Trukikaitis_Postimees, lk 31
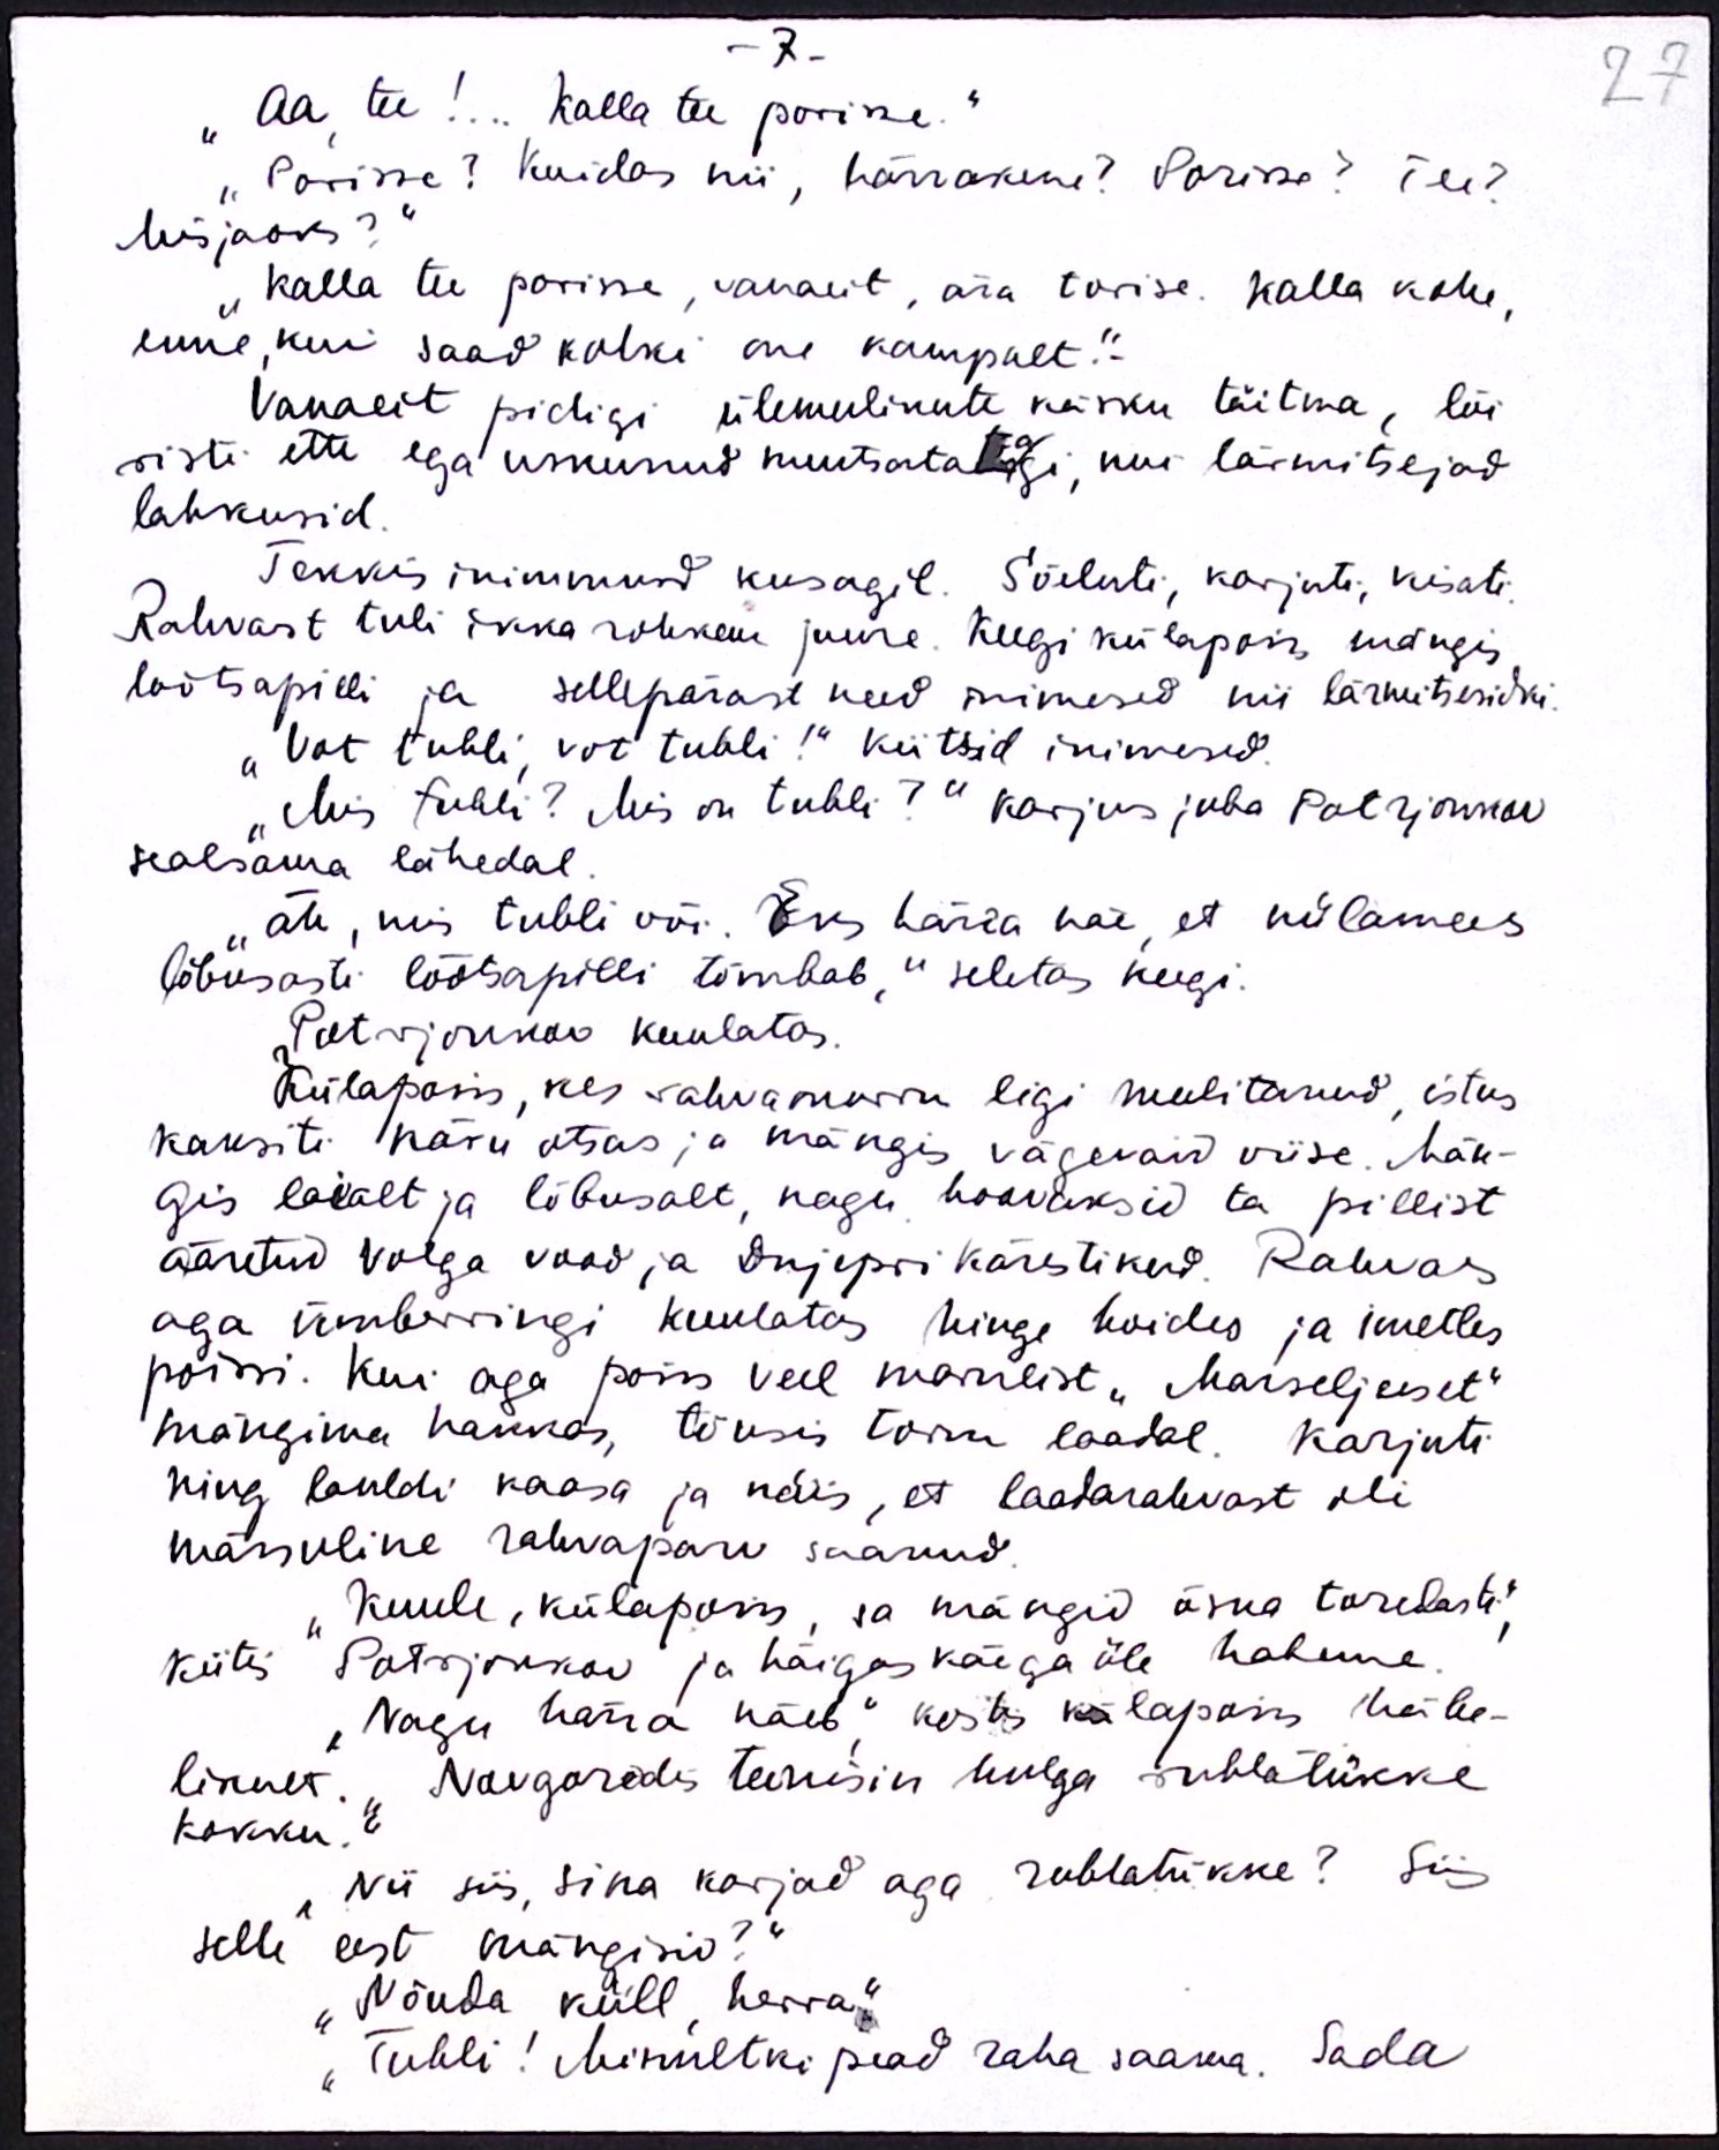
- 7 -
"Aa tee!.. Kalla tee porisse."
"Porisse? Kuidas nii, härrakene? Porisse? Tee?
Misjaoks?"
Kalla tee porisse, vanaeit, ära torise. Kalla kohe,
enne, kui saad kolki me kampalt."
Vanaeit pidigi ülemulikute käsku täitma, lõi
risti ette ega uskunud nuutsatatagi, kui lärmitseljad
lahkusid.
Tekkis inimmurd kusagil. Sõeluti, karjuti, kisati.
Rahvast tuli ikka rohkem juure. Keegi külapoiss mängis
lõõtsapilli ja sellepärast need inimesed nii lärmitsesidki.
"Vot tubli, vot tubli!" kiitsid inimesed.
„Mis tubli? Mis on tubli?" karjus juba Potrjonkov
sealsama lähedal
Äh, mis tubli või. Eks härra näe, et külamees
lõbusasti lõõtsapilli tõmbab," seletas keegi.
Potrjonkov kuulatas.
Külapoiss, kes rahvamurru ligi meelitanud istus
kaksiti käru otsas ja mängis vägevaid viise. Män-
gis laialt ja lõbusalt nagu hoovaksid ta pillist
ääretud Volga vood ja Dnjepri kärestikud. Rahvas
aga ümberringi kuulatas hinge hoides ja imetles
poissi. Kui aga poiss veel marulist "Marseljeeset"
mängima hakkas, tõusis torm laadal Karjuti,
ning lauldi kaasa ja näis, et laadarahvast oli
mässuline rahvaparv saanud.
"Kuule, külapoiss, sa mängid üsna toredasti",
kiitis Potrjonkov ja häigas käega üle habeme.
"Nagu härra näeb" kostis külapoiss häbe-
likult. "Novgorodis teenisin hulga rublatükke
kokku."
Nii siis, sina korjad aga rublatükke? Siis
selle eest mängisid?"
"Nõnda küll herra."
"Tubli! Minultki pead raha saama. Sada

27